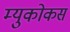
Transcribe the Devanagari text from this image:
म्युकोकस